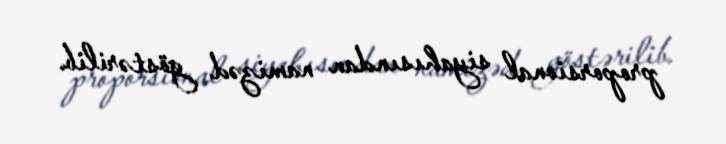
proporsional siyahısından namizəd göstərilib.